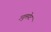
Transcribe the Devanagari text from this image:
उदुमपेट